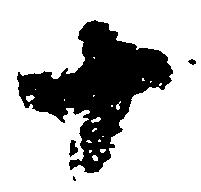
十